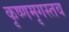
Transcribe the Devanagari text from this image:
कृष्णमृगस्तव